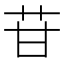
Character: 苷